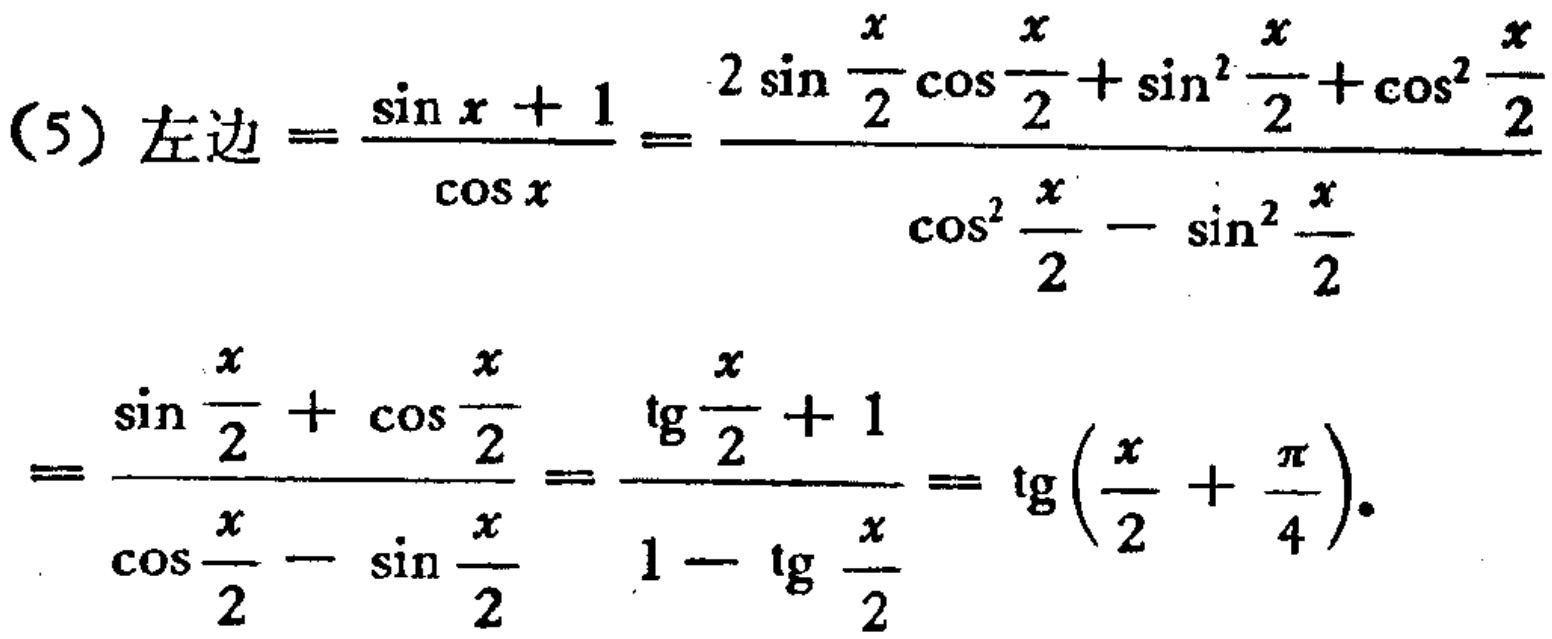
\[

\begin{align*}

(5)\text{左边}&=\frac{\sin x + 1}{\cos x}=\frac{2\sin\frac{x}{2}\cos\frac{x}{2}+\sin^{2}\frac{x}{2}+\cos^{2}\frac{x}{2}}{\cos^{2}\frac{x}{2}-\sin^{2}\frac{x}{2}}\\

&=\frac{\sin\frac{x}{2}+\cos\frac{x}{2}}{\cos\frac{x}{2}-\sin\frac{x}{2}}=\frac{\tg\frac{x}{2}+1}{1 - \tg\frac{x}{2}}=\tg\left(\frac{x}{2}+\frac{\pi}{4}\right).

\end{align*}

\]